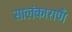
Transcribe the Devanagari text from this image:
सालंकाराणँ